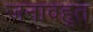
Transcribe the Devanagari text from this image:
जनावहूत